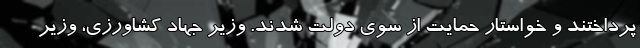
پرداختند و خواستار حمایت از سوی دولت شدند. وزیر جهاد کشاورزی، وزیر